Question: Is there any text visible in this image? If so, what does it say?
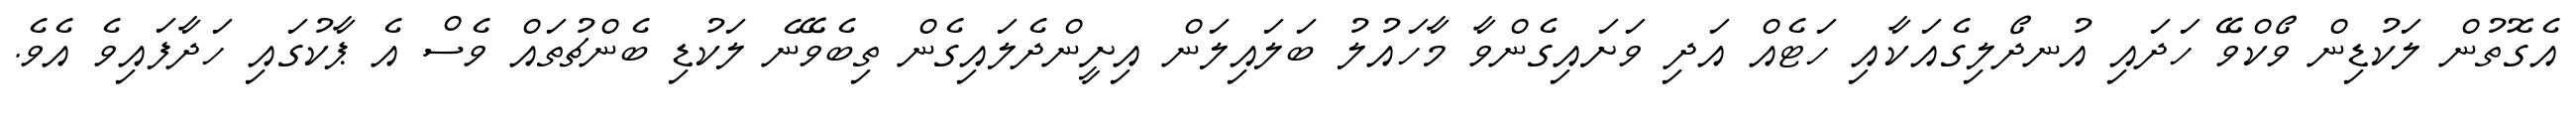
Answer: އެގޮތުން ލަކުޑިން ވޯކްވޭ ހަދައި އުނދޯލިގެއަކާއި ހަޓެއް އަދި ވަށައިގެންވާ މާހައުލު ބަލައިލަން އިށީންދެލައިގެން ތިބެވޭނެ ލަކުޑި ބެންޗުތައް ވެސް އެ ޕާކުގައި ހަދާފައިވެ އެވެ.